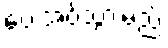
ပေးအပ်သွားမည်